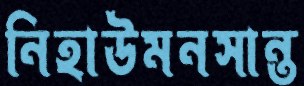
নিহাউমনসান্ত